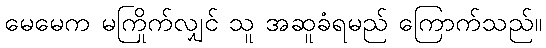
မေမေက မကြိုက်လျှင် သူ အဆူခံရမည် ကြောက်သည်။